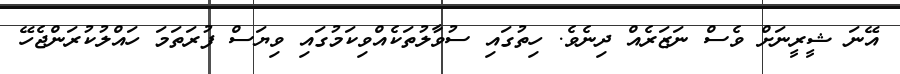
އޭނަ ޝީރީނަށް ވެސް ނަޒަރެއް ދިނެވެ. ހިތުގައި ސުވާލުތަކެއްވިކަމުގައި ވިޔަސް ފުރަތަމަ ހައްލުކުރަންޖެހޭ